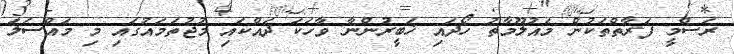
ރަސްމީ ފަރާތްތަކުން މައުލޫމާތު ހޯދައި ޚަބީރުންނާ ވާހަކަ ދައްކައި މުޖުތަމައުގައި މި މައްސަލަ